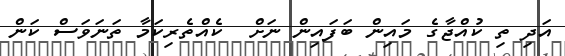
އަދި ތި ކުއްޖާގެ މައިން ބަފައިން ނަށް  ކެއްތެރިކަމާ ތަނަވަސް ކަން